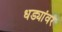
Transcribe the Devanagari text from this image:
धड्यांवर